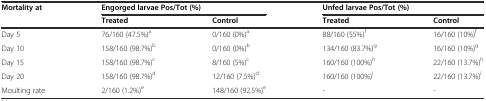
<table><thead><tr><td><b>Mortality at</b></td><td colspan="2"><b>Engorged larvae Pos/Tot (%)</b></td><td colspan="2"><b>Unfed larvae Pos/Tot (%)</b></td></tr><tr><td></td><td><b>Treated</b></td><td><b>Control</b></td><td><b>Treated</b></td><td><b>Control</b></td></tr></thead><tbody><tr><td>Day 5</td><td>76/160 (47.5%)<sup>a</sup></td><td>0/160 (0%)<sup>a</sup></td><td>88/160 (55%)<sup>f</sup></td><td>16/160 (10%)<sup>f</sup></td></tr><tr><td>Day 10</td><td>158/160 (98.7%)<sup>b</sup></td><td>0/160 (0%)<sup>b</sup></td><td>134/160 (83.7%)<sup>g</sup></td><td>16/160 (10%)<sup>g</sup></td></tr><tr><td>Day 15</td><td>158/160 (98.7%)<sup>c</sup></td><td>8/160 (5%)<sup>c</sup></td><td>160/160 (100%)<sup>h</sup></td><td>22/160 (13.7%)<sup>h</sup></td></tr><tr><td>Day 20</td><td>158/160 (98.7%)<sup>d</sup></td><td>12/160 (7.5%)<sup>d</sup></td><td>160/160 (100%)<sup>i</sup></td><td>22/160 (13.7%)<sup>i</sup></td></tr><tr><td>Moulting rate</td><td>2/160 (1.2%)<sup>e</sup></td><td>148/160 (92.5%)<sup>e</sup></td><td>-</td><td>-</td></tr></tbody></table>